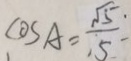
\cos A = \frac { \sqrt { 5 } } { 5 }